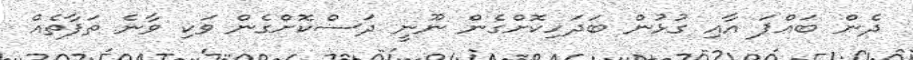
ދެން ބައްޕަ އާއި ގުޅުން ބަދަހިކޮށްގެން ނޫނީ ދަސްކޮށްގެން ވަކި ވާނެ ތަފާތެއް